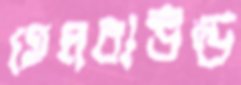
হেলবাউন্ড